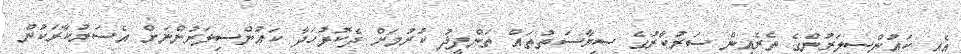
އެއީ ކައުންސިލަރުންގެ ތެރެއިން ސަރުކާރުގެ ސިޔާސަތުތައް ތަންފީޛު ކުރުމަށް ދެކޮޅުހަދާ ކައުންސިލަރުންނަށް އެސަރުކާރަކުން